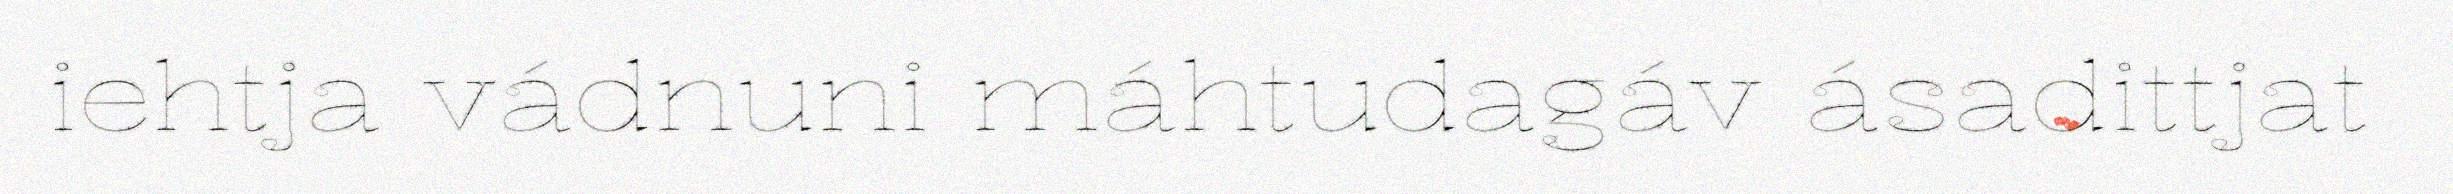
iehtja vádnuni máhtudagáv ásadittjat